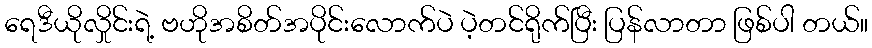
ရေဒီယိုလှိုင်းရဲ့ ဗဟိုအစိတ်အပိုင်းလောက်ပဲ ပဲ့တင်ရိုက်ပြီး ပြန်လာတာ ဖြစ်ပါ တယ်။